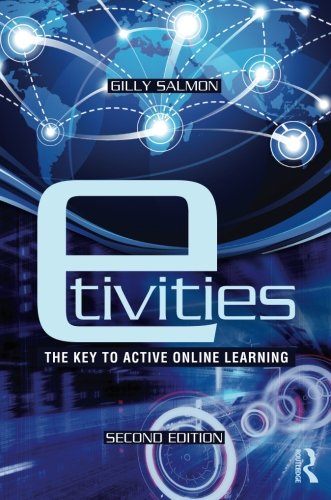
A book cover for E-tivities: The Key to Active Online Learning; Gilly Salmon; Computers & Technology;